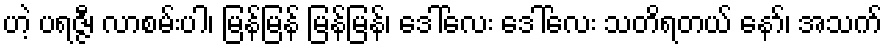
ဟဲ့ ပရဇ္ဇီ၊ လာစမ်းပါ၊ မြန်မြန် မြန်မြန်၊ ဒေါ်လေး ဒေါ်လေး သတိရတယ် နော်၊ အသက်